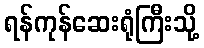
ရန်ကုန်ဆေးရုံကြီးသို့